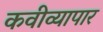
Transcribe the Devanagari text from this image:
कवीव्यापार